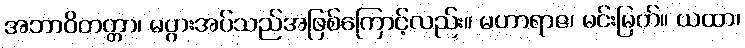
အဘာဝိတတ္တာ၊ မပွားအပ်သည်အဖြစ်ကြောင့်လည်း။ မဟာရာဇ၊ မင်းမြတ်။ ယထာ၊